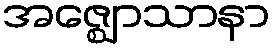
အဇ္ဈောသာနာ